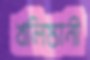
খলিস্তানী